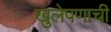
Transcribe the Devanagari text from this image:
खुलेपणाची